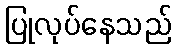
ပြုလုပ်နေသည်